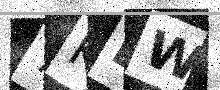
Text: 7KLW